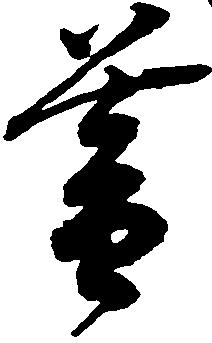
暮